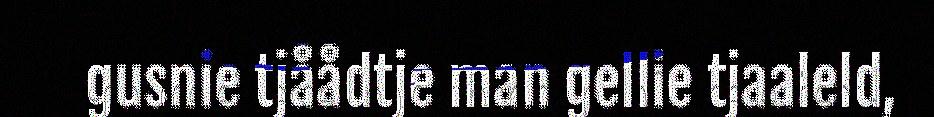
gusnie tjåådtje man gellie tjaaleld,